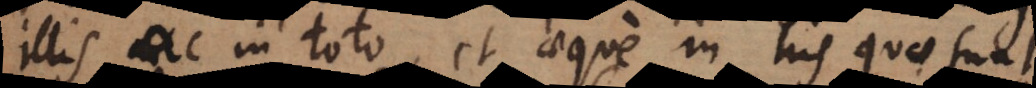
illis ac in toto, et aeque in his quae sunt